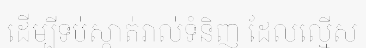
ដើម្បីទប់ស្កាត់រាល់ទំនិញ ដែលល្មើស